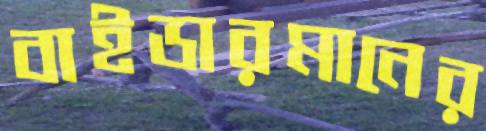
বাইডারমানের